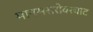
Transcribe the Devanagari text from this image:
मानससरोवरघाट